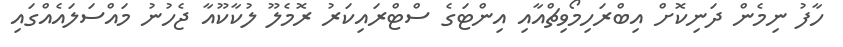
ހާފު ނިމެން ދަނިކޮށް އިބްރަހިމޯވިޗްއާއި އިންޓަގެ ސްޓްރައިކަރު ރޮމެލޫ ލުކާކޫއާ ޖެހުނު މައްސަލައެއްގައި